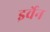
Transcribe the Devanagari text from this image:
इर्वेन